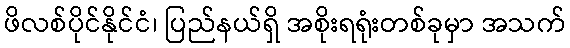
ဖိလစ်ပိုင်နိုင်ငံ၊ ပြည်နယ်ရှိ အစိုးရရုံးတစ်ခုမှာ အသက်